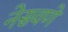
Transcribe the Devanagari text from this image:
नेसवणे